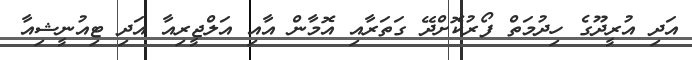
އަދި އުރީދޫގެ ހިދުމަތް ފޯރުކޮށްދޭ ގަތަރާއި އޮމާން އާއި އަލްޖީރިއާ އަދި ޓިއުނީޝިއާ